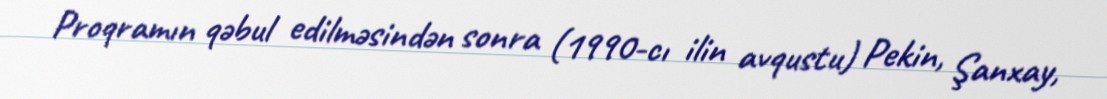
Proqramın qəbul edilməsindən sonra (1990-cı ilin avqustu) Pekin, Şanxay,